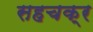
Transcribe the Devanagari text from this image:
सहचक्र